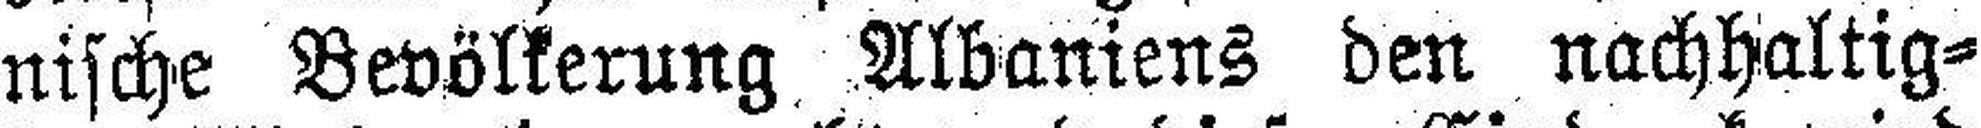
nische Bevölkerung Albaniens den nachhaltig¬